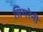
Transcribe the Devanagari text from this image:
सिगरेनी